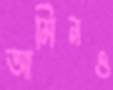
আমিনও